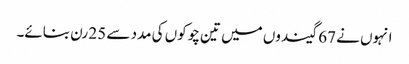
انہوں نے 67 گیندوں میں تین چوکوں کی مدد سے 25 رن بنائے۔